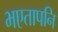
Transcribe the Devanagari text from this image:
भएतापनि